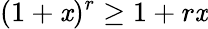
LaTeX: (1+\mathit{x})^{r}\geq1+r\mathit{x}